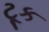
ટૂક